Report of the Imperial Institute of Veterinary Research, Muktesar
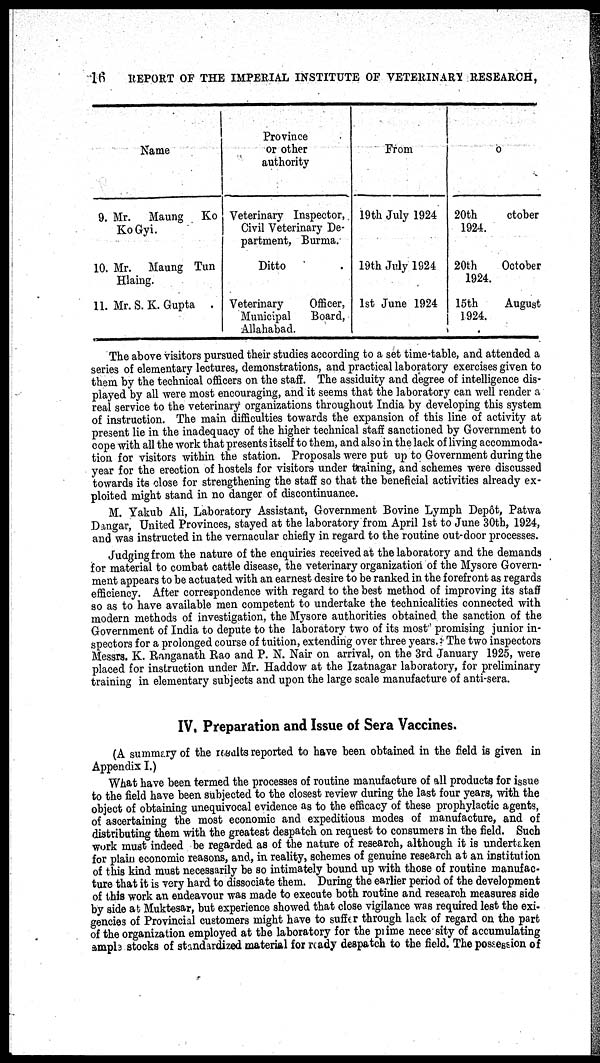
16
REPORT OF THE IMPERIAL INSTITUTE OF VETERINARY RESEARCH,
Name
9. Mr. Maung KO
KoGyi.
10. Mr. Maung Tun
Hlaing.
11. Mr. S. K. Gupta .
Province
or other
authority
Veterinary Inspector,
Civil Veterinary De-
partment, Burma.
Ditto .
Veterinary
Officer,
Municipal
Board,
Allahabad.
From
19th July 1924
19th July 1924
1st June 1924
To
20th
October
1924.
20th
October
1924.
15th
August
1924.
The above visitors pursued their studies according to a set time-table, and attended a
series of elementary lectures, demonstrations, and practical laboratory exercises given to
them by the technical officers on the staff. The assiduity and degree of intelligence dis-
played by all were most encouraging, and it seems that the laboratory can well render a
real service to the veterinary organizations throughout India by developing this system
of instruction. The main difficulties towards the expansion of this line of activity at
present lie in the inadequacy of the higher technical staff sanctioned by Government to
cope with all the work that presents itself to them, and also in the lack of living accommoda-
tion for visitors within the station. Proposals were put up to Government during the
year for the erection of hostels for visitors under training, and schemes were discussed
towards its close for strengthening the staff so that the beneficial activities already ex-
ploited might stand in no danger of discontinuance.
M. Yakub Ali, Laboratory Assistant, Government Bovine Lymph Depôt, Patwa
Dangar, United Provinces, stayed at the laboratory from April 1st to June 30th, 1924,
and was instructed in the vernacular chiefly in regard to the routine out-door processes.
Judging from the nature of the enquiries received at the laboratory and the demands
for material to combat cattle disease, the veterinary organization of the Mysore Govern-
ment appears to be actuated with an earnest desire to be ranked in the forefront as regards
efficiency. After correspondence with regard to the best method of improving its staff
so as to have available men competent to undertake the technicalities connected with
modern methods of investigation, the Mysore authorities obtained the sanction of the
Government of India to depute to the laboratory two of its most promising junior in-
spectors for a prolonged course of tuition, extending over three years. The two inspectors
Messrs. K. Ranganath Rao and P. N. Nair on arrival, on the 3rd January 1925, were
placed for instruction under Mr. Haddow at the Izatnagar laboratory, for preliminary
training in elementary subjects and upon the large scale manufacture of anti-sera.
IV. Preparation and Issue of Sera Vaccines.
(A summary of the results reported to have been obtained in the field is given in
Appendix I.)
What have been termed the processes of routine manufacture of all products for issue
to the field have been subjected to the closest review during the last four years, with the
object of obtaining unequivocal evidence as to the efficacy of these prophylactic agents,
of ascertaining the most economic and expeditious modes of manufacture, and of
distributing them with the greatest despatch on request to consumers in the field. Such
work must indeed be regarded as of the nature of research, although it is undertaken
for plain economic reasons, and, in reality, schemes of genuine research at an institution
of this kind must necessarily be so intimately bound up with those of routine manufac-
ture that it is very hard to dissociate them. During the earlier period of the development
of this work an endeavour was made to execute both routine and research measures side
by side at Muktesar, but experience showed that close vigilance was required lest the exi-
gencies of Provincial customers might have to suffer through lack of regard on the part
of the organization employed at the laboratory for the prime nece sity of accumulating
ample stocks of standardized material for ready despatch to the field. The possession of